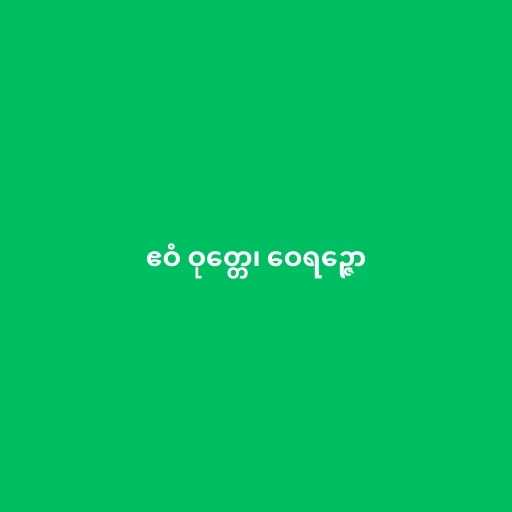
ဧဝံ ဝုတ္တေ၊ ဝေရဉ္ဇော